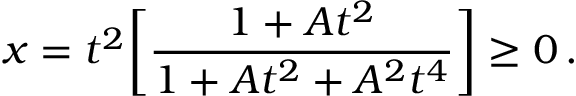
x = t ^ { 2 } \bigg [ \frac { 1 + A t ^ { 2 } } { 1 + A t ^ { 2 } + A ^ { 2 } t ^ { 4 } } \bigg ] \geq 0 \, .